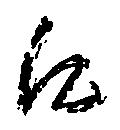
候